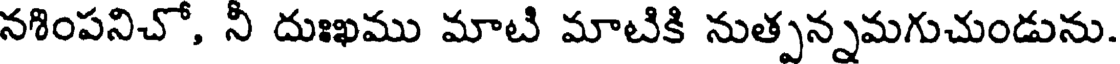
నశింపనిచో, నీ దుఃఖము మాటి మాటికి నుత్పన్నమగుచుండును.